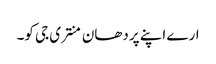
ارے اپنے پردھان منتری جی کو۔